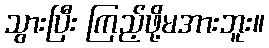
သွားပြီး ကြည့်ဖို့မအားဘူး။